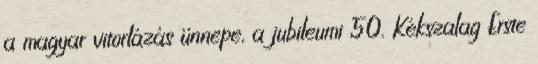
a magyar vitorlázás ünnepe, a jubileumi 50. Kékszalag Erste